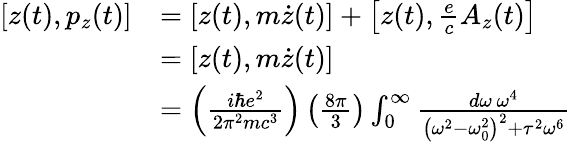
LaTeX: {\begin{array}{rl}{[z(t),p_{z}(t)]}&{=\left[z(t),m{\dot{z}}(t)\right]+\left[z(t),{\frac{e}{c}}A_{z}(t)\right]}\\ &{=\left[z(t),m{\dot{z}}(t)\right]}\\ &{=\left({\frac{i\hbar e^{2}}{2\pi^{2}mc^{3}}}\right)\left({\frac{8\pi}{3}}\right)\int_{0}^{\infty}{\frac{d\omega\, \omega^{4}}{\left(\omega^{2}-\omega_{0}^{2}\right)^{2}+\tau^{2}\omega^{6}}}}\end{array}}